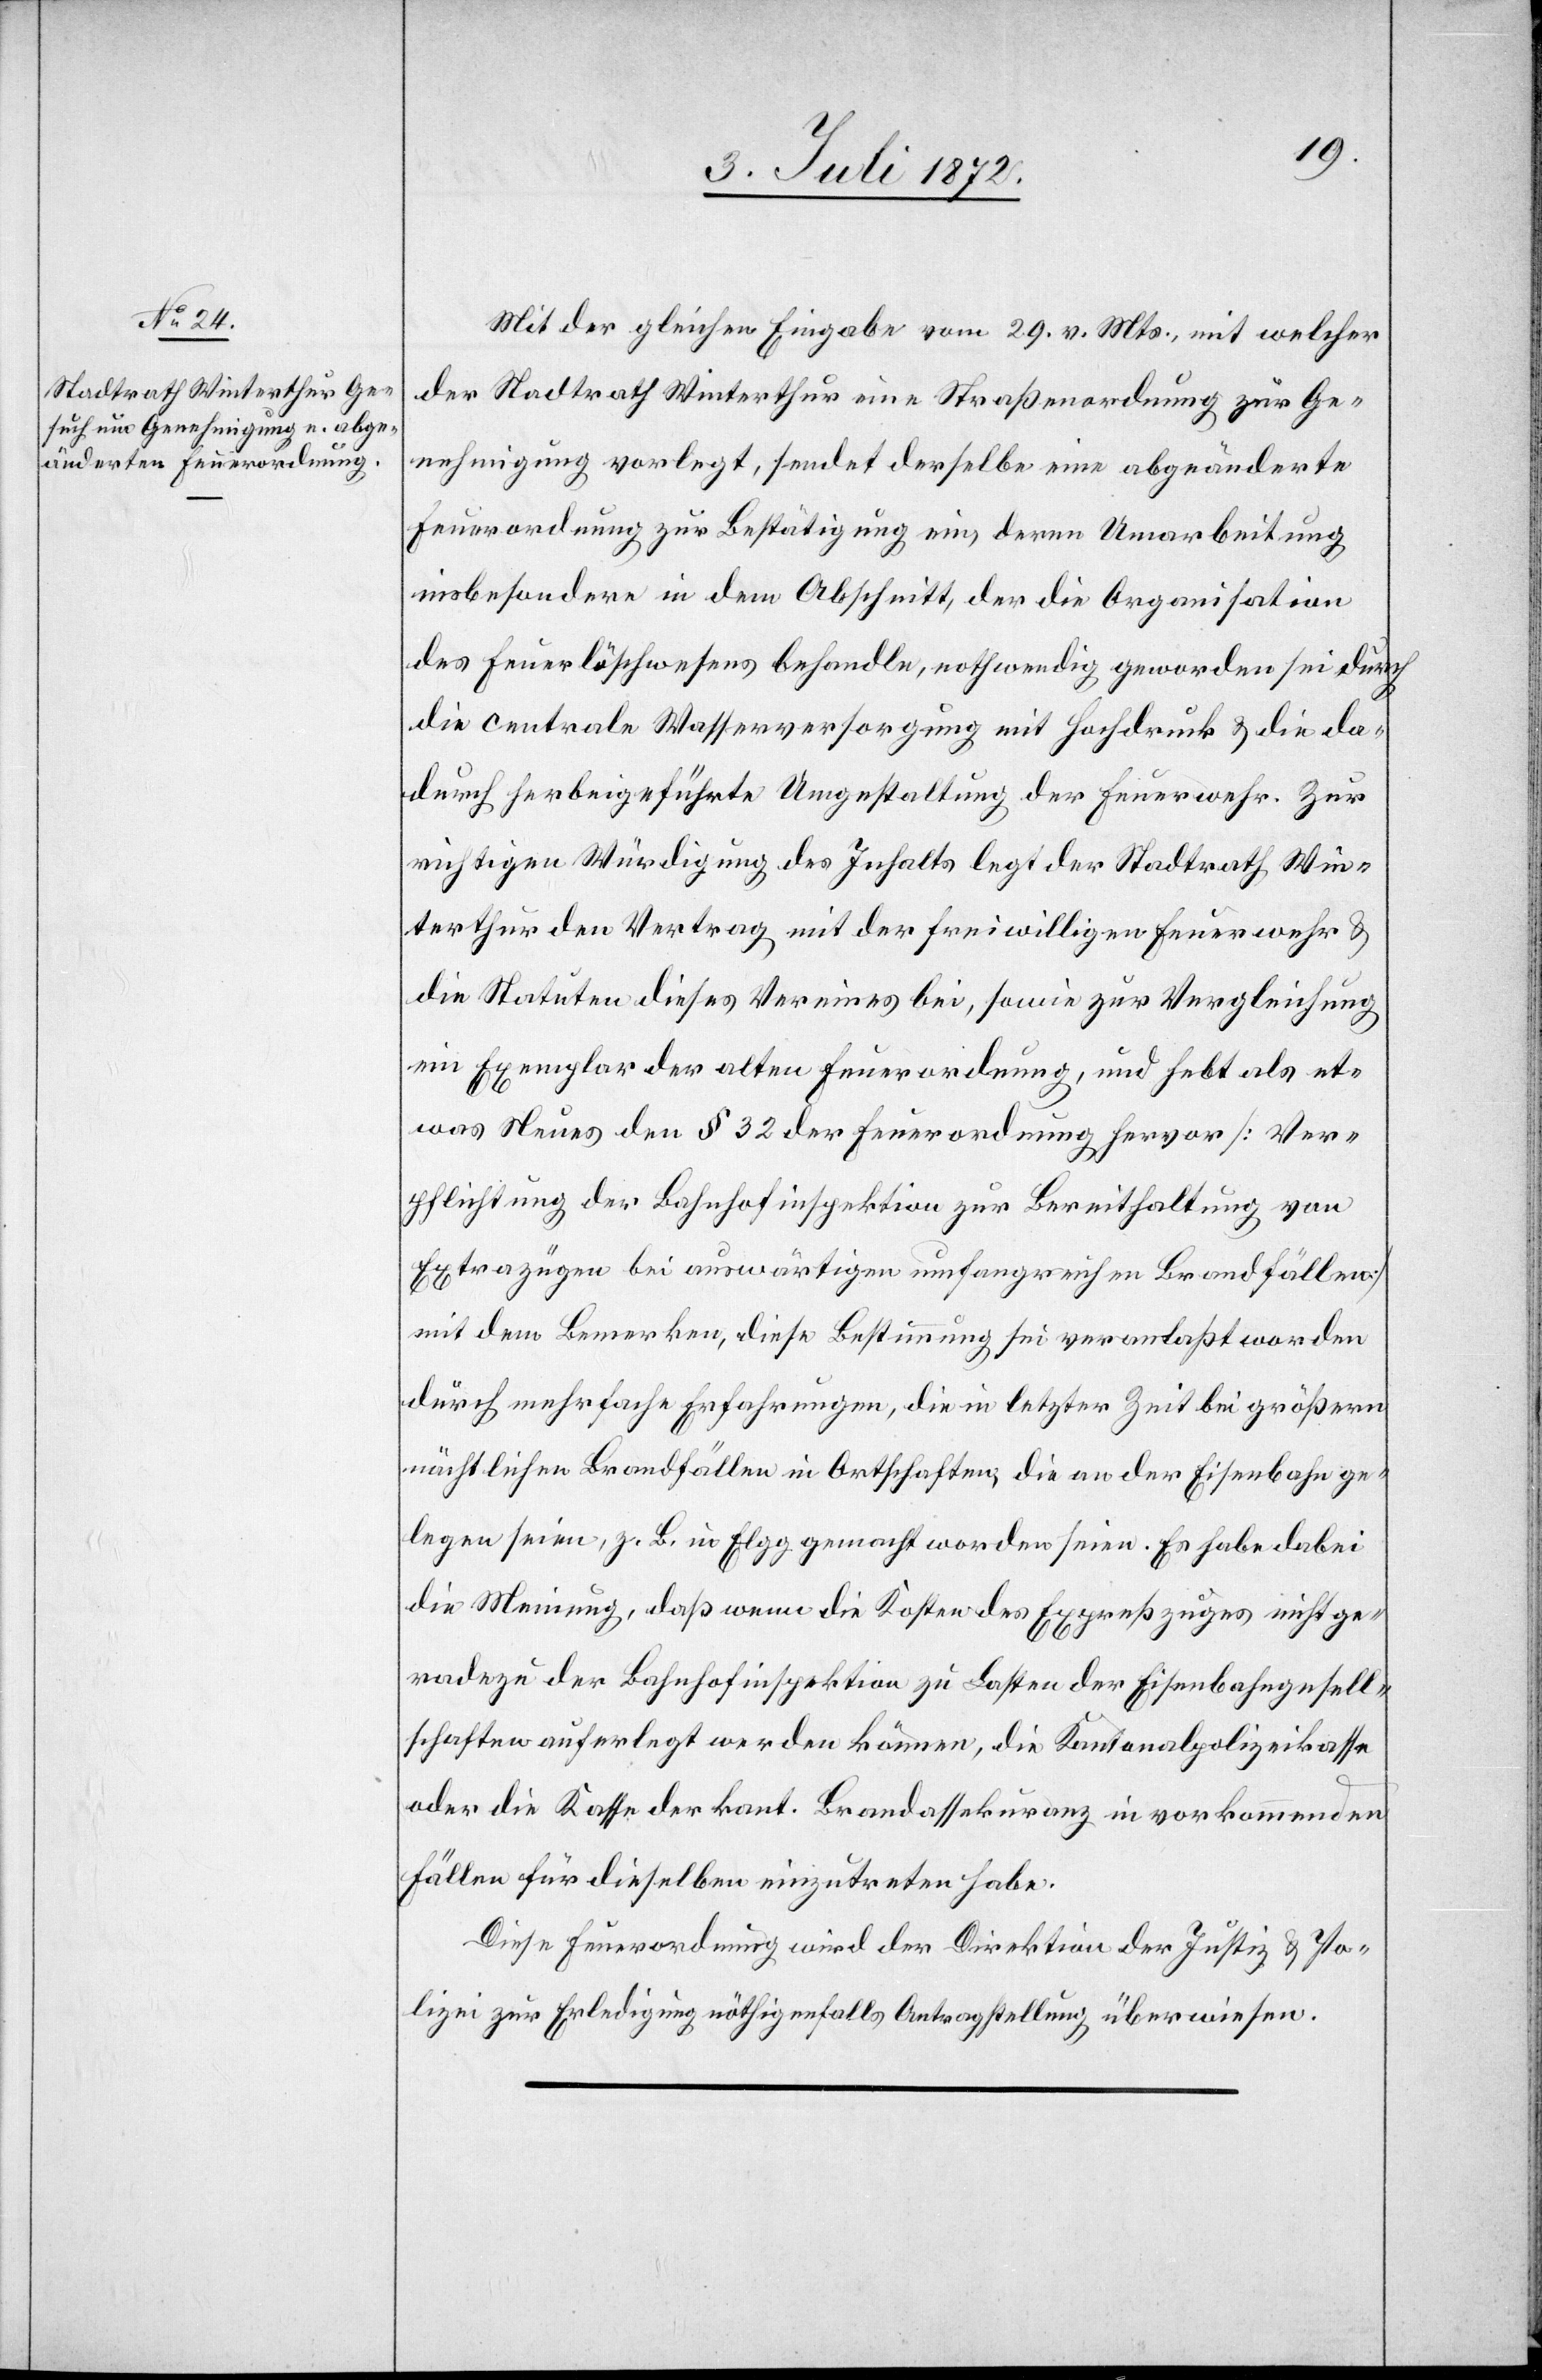
5. Juli 1872.]
Mit der gleichen Eingabe vom 29. v. Mts., mit welcher
der Stadtrath Winterthur eine Straßenordnung zur Ge¬
nehmigung vorlegt, sendet derselbe eine abgeänderte
Feuerordnung zur Bestätigung ein deren Umarbeitung
insbesondere in dem Abschnitt, der die Organisation
des Feuerlöschwesens behandle, nothwendig geworden sei durch
die centrale Wasserversorgung mit Hochdruck u. die da¬
durch herbeigeführte Umgestaltung der Feuerwehr. Zur
richtigen Würdigung des Inhalts legt der Stadtrath Win¬
terthur den Vertrag mit der freiwilligen Feuerwehr u.
die Statuten dieses Vereines bei, sowie zur Vergleichung
ein Exemplar der alten Feuerordnung, und hebt als et¬
was Neues den § 32 der Feuerordnung hervor [Ver¬
pflichtung der Bahnhofinspektion zur Bereithaltung von
Extrazügen bei auswärtigen umfangreichen Brandfällen]
mit dem Bemerken, diese Bestimmung sei veranlaßt worden
durch mehrfache Erfahrungen, die in letzter Zeit bei größern
nächtlichen Brandfällen in Ortschaften, die an der Eisenbahn ge¬
legen seien, z. B. in Elgg gemacht worden seien. Es habe dabei
die Meinung, daß wenn die Kosten des Expreßzuges nicht ge¬
radezu der Bahnhofinspektion zu Lasten der Eisenbahngesell¬
schaften auferlegt werden können, die Kantonalpolizeikasse
oder die Kasse der kant. Brandassekuranz in vorkommenden
Fällen für dieselben einzutreten habe.
Diese Feuerordnung wird der Direktion der Justiz u. Po¬
lizei zur Erledigung[,] nöthigenfalls [zur] Antragstellung überwiesen.